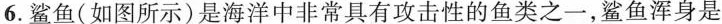
6.鲨鱼(如图所示)是海洋中非常具有攻击性的鱼类之一，鲨鱼浑身是